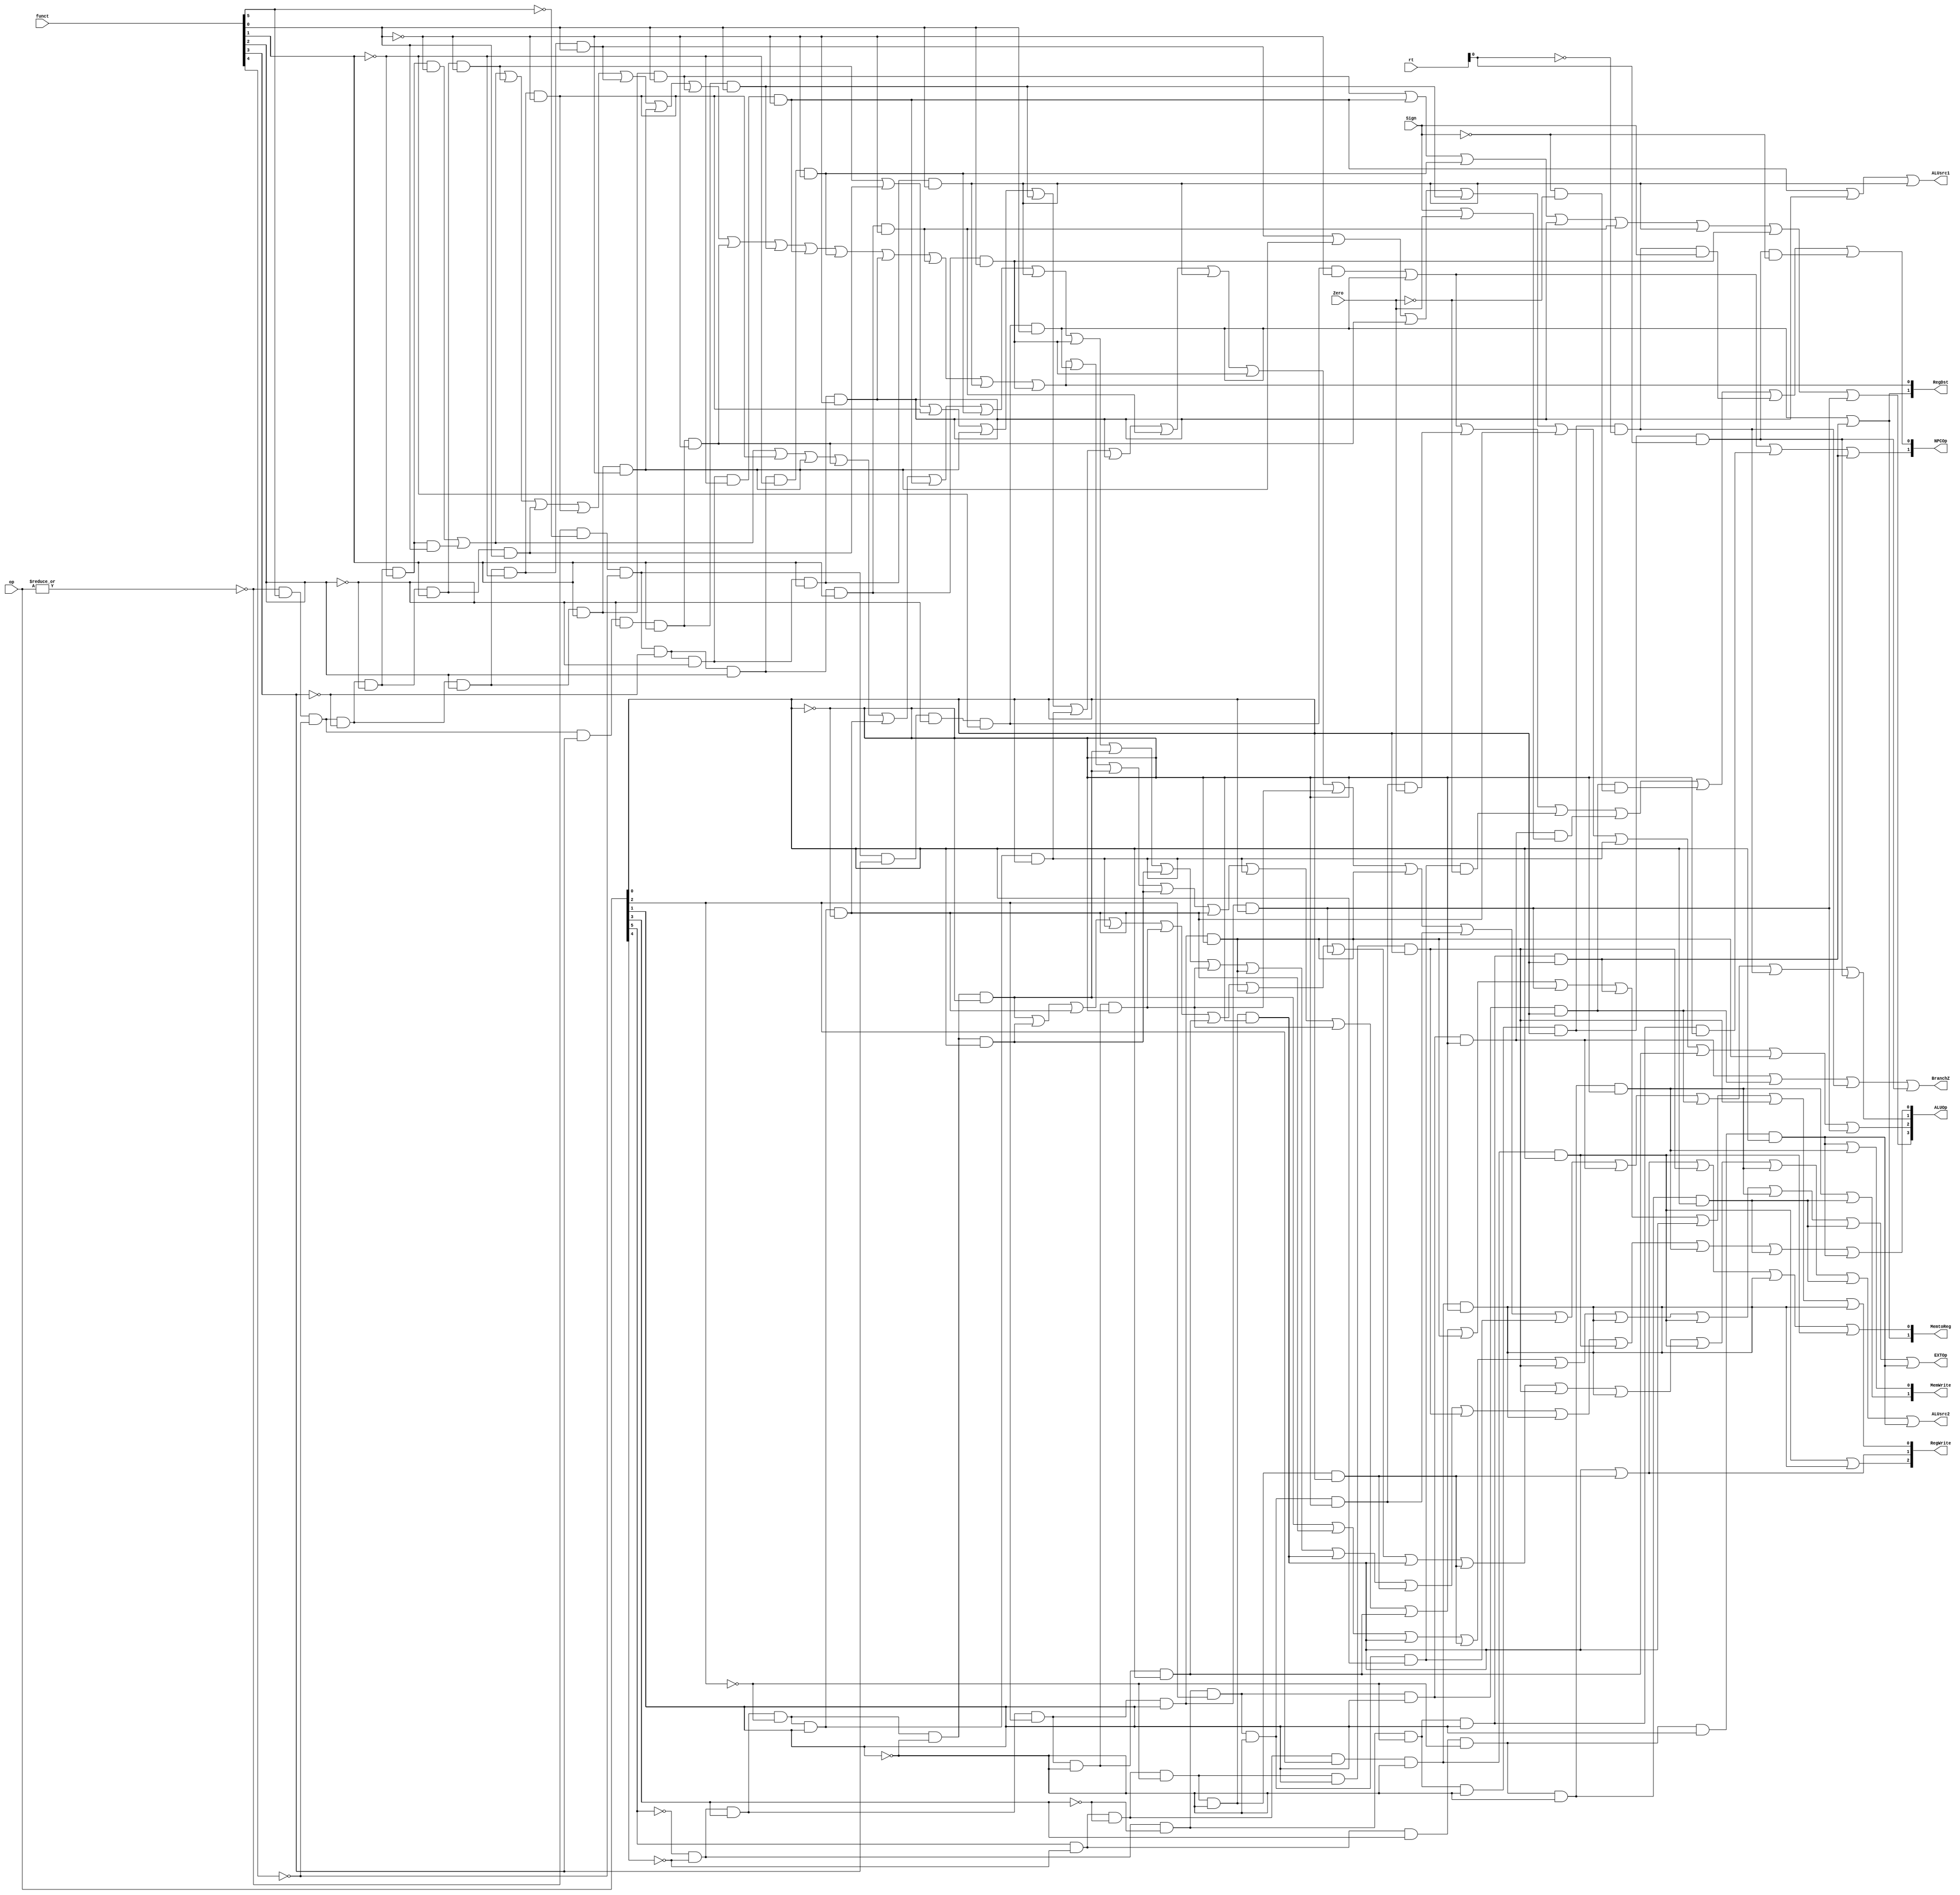
`timescale 1ns/1ps
module control_unit( 
input [5:0]op,funct,
input [4:0]rt,
input Zero,Sign,
output [1:0]RegDst, 
output [2:0]RegWrite,
output [1:0]NPCOp, MemWrite, MemtoReg,
output ALUsrc1, ALUsrc2, BranchZ, EXTOp,
output [3:0]ALUOp
);

  wire rtype=~|op;

  wire i_add=rtype&funct[5]&~funct[4]&~funct[3]&~funct[2]&~funct[1]&~funct[0];//100000

  wire i_addu=rtype&funct[5]&~funct[4]&~funct[3]&~funct[2]&~funct[1]&funct[0];//100001

  wire i_sub=rtype&funct[5]&~funct[4]&~funct[3]&~funct[2]&funct[1]&~funct[0];//100010

  wire i_subu=rtype&funct[5]&~funct[4]&~funct[3]&~funct[2]&funct[1]&funct[0];//100011

  wire i_and=rtype&funct[5]&~funct[4]&~funct[3]&funct[2]&~funct[1]&~funct[0];//100100

  wire i_or=rtype&funct[5]&~funct[4]&~funct[3]&funct[2]&~funct[1]&funct[0];//100101

  wire i_nor=rtype&funct[5]&~funct[4]&~funct[3]&funct[2]&funct[1]&funct[0];//100111

  wire i_xor=rtype&funct[5]&~funct[4]&~funct[3]&funct[2]&funct[1]&~funct[0];//100110

  wire i_sll=rtype&~funct[5]&~funct[4]&~funct[3]&~funct[2]&~funct[1]&~funct[0];//000000

  wire i_sllv=rtype&~funct[5]&~funct[4]&~funct[3]&funct[2]&~funct[1]&~funct[0];//000100

  wire i_srl=rtype&~funct[5]&~funct[4]&~funct[3]&~funct[2]&funct[1]&~funct[0];//000010

  wire i_srlv=rtype&~funct[5]&~funct[4]&~funct[3]&funct[2]&funct[1]&~funct[0];//000110

  wire i_sra=rtype&~funct[5]&~funct[4]&~funct[3]&~funct[2]&funct[1]&funct[0];//000011

  wire i_srav=rtype&~funct[5]&~funct[4]&~funct[3]&funct[2]&funct[1]&funct[0];//000111

  wire i_jr=rtype&~funct[5]&~funct[4]&funct[3]&~funct[2]&~funct[1]&~funct[0];//001000

  wire i_jalr=rtype&~funct[5]&~funct[4]&funct[3]&~funct[2]&~funct[1]&funct[0];//001001

  wire i_slt=rtype&funct[5]&~funct[4]&funct[3]&~funct[2]&funct[1]&~funct[0];//101010

  wire i_sltu=rtype&funct[5]&~funct[4]&funct[3]&~funct[2]&funct[1]&funct[0];//101011
//18

  
  wire i_addi=~op[5]&~op[4]&op[3]&~op[2]&~op[1]&~op[0];//001000

  wire i_addiu=~op[5]&~op[4]&op[3]&~op[2]&~op[1]&op[0];//001001

  wire i_andi=~op[5]&~op[4]&op[3]&op[2]&~op[1]&~op[0];//001100

  wire i_xori=~op[5]&~op[4]&op[3]&op[2]&op[1]&~op[0];//001110

  wire i_beq=~op[5]&~op[4]&~op[3]&op[2]&~op[1]&~op[0];//000100

  wire i_bne=~op[5]&~op[4]&~op[3]&op[2]&~op[1]&op[0];//000101

  wire i_blez=~op[5]&~op[4]&~op[3]&op[2]&op[1]&~op[0];//000110

  wire i_bgtz=~op[5]&~op[4]&~op[3]&op[2]&op[1]&op[0];//000111

  wire i_bltz=~op[5]&~op[4]&~op[3]&~op[2]&~op[1]&op[0]&~rt[0];//000001  00000
 
  wire i_bgez=~op[5]&~op[4]&~op[3]&~op[2]&~op[1]&op[0]&rt[0];//000001  00001

  wire i_j=~op[5]&~op[4]&~op[3]&~op[2]&op[1]&~op[0];//000010

  wire i_jal=~op[5]&~op[4]&~op[3]&~op[2]&op[1]&op[0];//000011

  wire i_slti=~op[5]&~op[4]&op[3]&~op[2]&op[1]&~op[0];//001010

  wire i_sltiu=~op[5]&~op[4]&op[3]&~op[2]&op[1]&op[0];//001011

  wire i_ori=~op[5]&~op[4]&op[3]&op[2]&~op[1]&op[0];//001101

  wire i_lui=~op[5]&~op[4]&op[3]&op[2]&op[1]&op[0];//001111

  wire i_lb=op[5]&~op[4]&~op[3]&~op[2]&~op[1]&~op[0];//100000

  wire i_lh=op[5]&~op[4]&~op[3]&~op[2]&~op[1]&op[0];//100001

  wire i_lw=op[5]&~op[4]&~op[3]&~op[2]&op[1]&op[0];//100011

  wire i_lbu=op[5]&~op[4]&~op[3]&op[2]&~op[1]&~op[0];//100100

  wire i_lhu=op[5]&~op[4]&~op[3]&op[2]&~op[1]&op[0];//100101

  wire i_sb=op[5]&~op[4]&op[3]&~op[2]&~op[1]&~op[0];//101000

  wire i_sh=op[5]&~op[4]&op[3]&~op[2]&~op[1]&op[0];//101001

  wire i_sw=op[5]&~op[4]&op[3]&~op[2]&op[1]&op[0];//101011
//24



  assign RegDst[1]=i_jalr|i_jal;

  assign RegDst[0]=i_add|i_addu|i_sub|i_subu|i_and|i_or
                   |i_xor|i_nor|i_slt|i_sltu|i_sll|i_sllv
                   |i_srl|i_srlv|i_sra|i_srav;

  assign RegWrite[2]=i_lhu|i_lbu;

  assign RegWrite[1]=i_lb|i_lh;

  assign RegWrite[0]=i_add|i_addu|i_sub|i_subu|i_and|i_or
                     |i_xor|i_nor|i_slt|i_sltu|i_sll|i_sllv
                     |i_srl|i_srlv|i_sra|i_srav|i_jalr
                     |i_addi|i_addiu|i_slti|i_sltiu|i_andi
                     |i_ori|i_xori|i_lui|i_jal|i_lb|i_lw|i_lbu;

  assign ALUsrc1=i_sll|i_srl|i_sra;

  assign ALUsrc2=i_addi|i_addiu|i_slti|i_sltiu|i_andi|i_ori|i_xori
                 |i_lui|i_lb|i_lh|i_lw|i_lbu|i_lhu|i_sb|i_sh|i_sw;
  
  assign ALUOp[3]=i_nor|i_sll|i_sllv|i_srl|i_srlv|i_sra|i_srav|i_lui;

  assign ALUOp[2]=i_or|i_xor|i_slt|i_sltu|i_slti|i_sltiu|i_ori
                  |i_xori|i_lui;
  
  assign ALUOp[1]=i_sub|i_subu|i_and|i_xor|i_sltu|i_sltiu|i_srl|i_srlv
                  |i_sra|i_srav|i_andi|i_xori|i_beq|i_bne
                  |i_blez|i_bgtz|i_bltz|i_bgez;
  
  assign ALUOp[0]=i_add|i_addu|i_and|i_xor|i_slt|i_slti|i_sll|i_sllv
                  |i_sra|i_srav|i_addi|i_addiu|i_andi|i_xori
                  |i_lb|i_lh|i_lw|i_lbu|i_lhu|i_sb|i_sh|i_sw;

  assign NPCOp[1]=i_jr|i_jalr|i_j|i_jal;

  assign NPCOp[0]=i_jr|i_jalr|(i_beq&Zero)|(i_bne&(~Zero))|(i_blez&(Sign|Zero))|(i_bgtz&(~Sign&~Zero))|(i_bltz&Sign)|(i_bgez&(~Sign));

  assign MemWrite[1]=i_sb|i_sh;
  
  assign MemWrite[0]=i_sw|i_sb;

  assign MemtoReg[1]=i_jalr|i_jal;

  assign MemtoReg[0]=i_lb|i_lh|i_lw|i_lbu|i_lhu;

  assign BranchZ=i_blez|i_bgtz|i_bltz|i_bgez;

  assign EXTOp=i_addi|i_slti|i_lb|i_lh|i_lw|i_lbu|i_lhu|i_sb|i_sh|i_sw;

endmodule